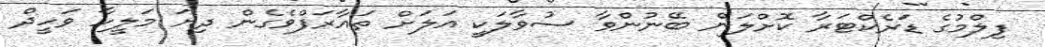
ފިލްމުގެ ޑަރެކްޓަރާ ކޮށްލަން ބޭނުންވާ ސުވާލަކީ އަލަށް ތައާރަފްވެގެން ދިޔަ މަލީހާ ވަހީދް